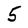
Character: 5